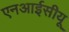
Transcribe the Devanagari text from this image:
एनआईसीयू